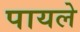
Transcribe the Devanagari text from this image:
पायले